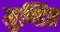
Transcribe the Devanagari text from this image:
मुण्डित